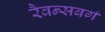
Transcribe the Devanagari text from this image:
रैवन्सबर्ग